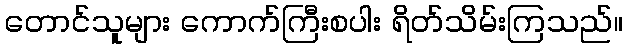
တောင်သူများ ကောက်ကြီးစပါး ရိတ်သိမ်းကြသည်။